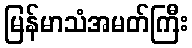
မြန်မာသံအမတ်ကြီး